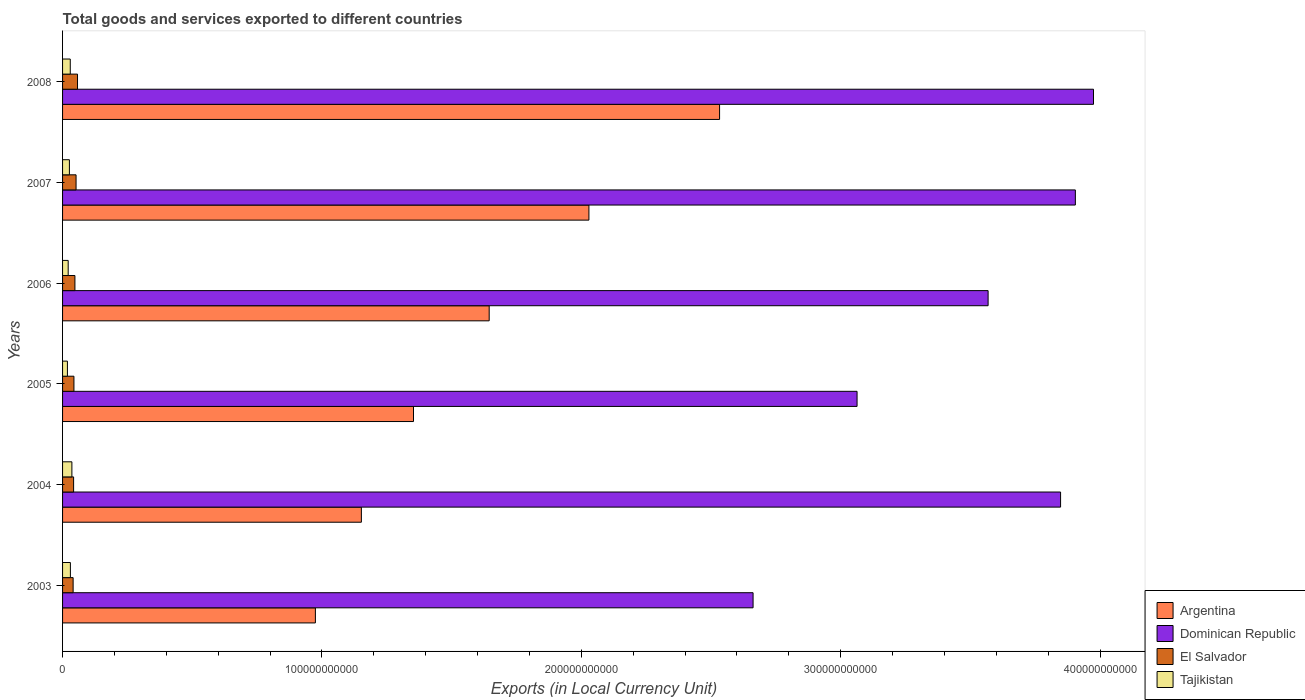
| Years | Argentina | Dominican Republic | El Salvador | Tajikistan |
 | --- | --- | --- | --- | --- |
 | 2003 | 9.75e+10 | 2.66e+11 | 4.07e+09 | 3.02e+09 |
 | 2004 | 1.15e+11 | 3.85e+11 | 4.26e+09 | 3.6e+09 |
 | 2005 | 1.35e+11 | 3.06e+11 | 4.38e+09 | 1.87e+09 |
 | 2006 | 1.64e+11 | 3.57e+11 | 4.76e+09 | 2.16e+09 |
 | 2007 | 2.03e+11 | 3.9e+11 | 5.2e+09 | 2.64e+09 |
 | 2008 | 2.53e+11 | 3.97e+11 | 5.76e+09 | 2.97e+09 |